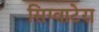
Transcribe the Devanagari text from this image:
सिग्वाटेरा